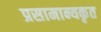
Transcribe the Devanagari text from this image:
प्रसामान्यकृत